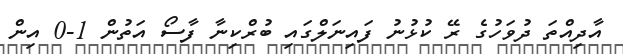
އާދިއްތަ ދުވަހުގެ ރޭ ކުޅުނު ފައިނަލްގައި ބުރްކިނާ ފާސޯ އަތުން 1-0 އިން